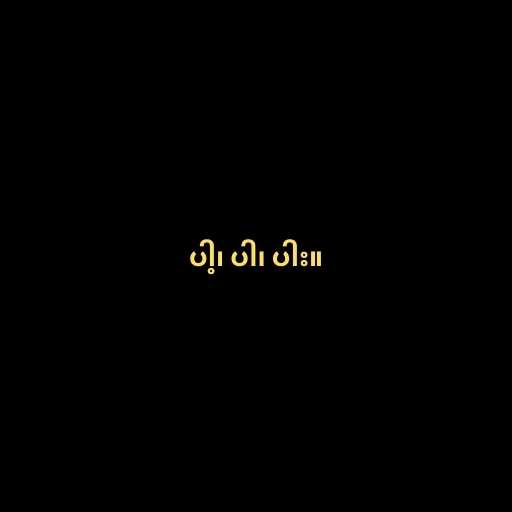
ပါ့၊ ပါ၊ ပါး။